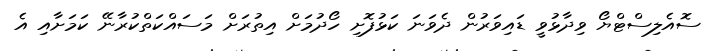
ސޮއެލިސްޓްޔޯ ވިދާޅުވީ ޑައިވަރުން ދެވަނަ ކަޅުފޮށި ހޯދުމަށް އިތުރަށް މަސައްކަތްކުރާނޭ ކަމަށާއި އެ